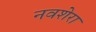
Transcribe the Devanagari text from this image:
नवशेरा